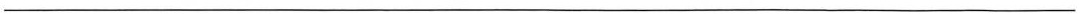
___